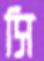
সি